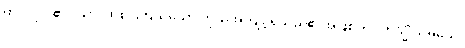
ထိုပုဂ္ဂိုလ်၏။ သာ၊ ထိုစင်ကြယ်သော ကိုယ်အကျင့်ရှိသည်၏အဖြစ်ကို။ တသ္မိံ သမယေ၊